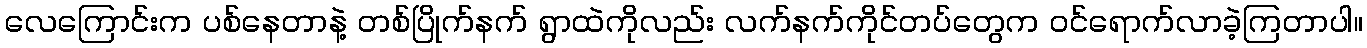
လေကြောင်းက ပစ်နေတာနဲ့ တစ်ပြိုက်နက် ရွာထဲကိုလည်း လက်နက်ကိုင်တပ်တွေက ဝင်ရောက်လာခဲ့ကြတာပါ။